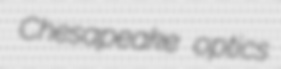
Chesapeake optics